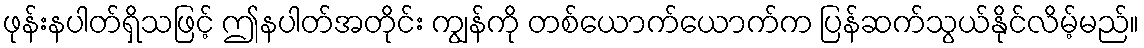
ဖုန်းနပါတ်ရှိသဖြင့် ဤနပါတ်အတိုင်း ကျွန်ကို တစ်ယောက်ယောက်က ပြန်ဆက်သွယ်နိုင်လိမ့်မည်။